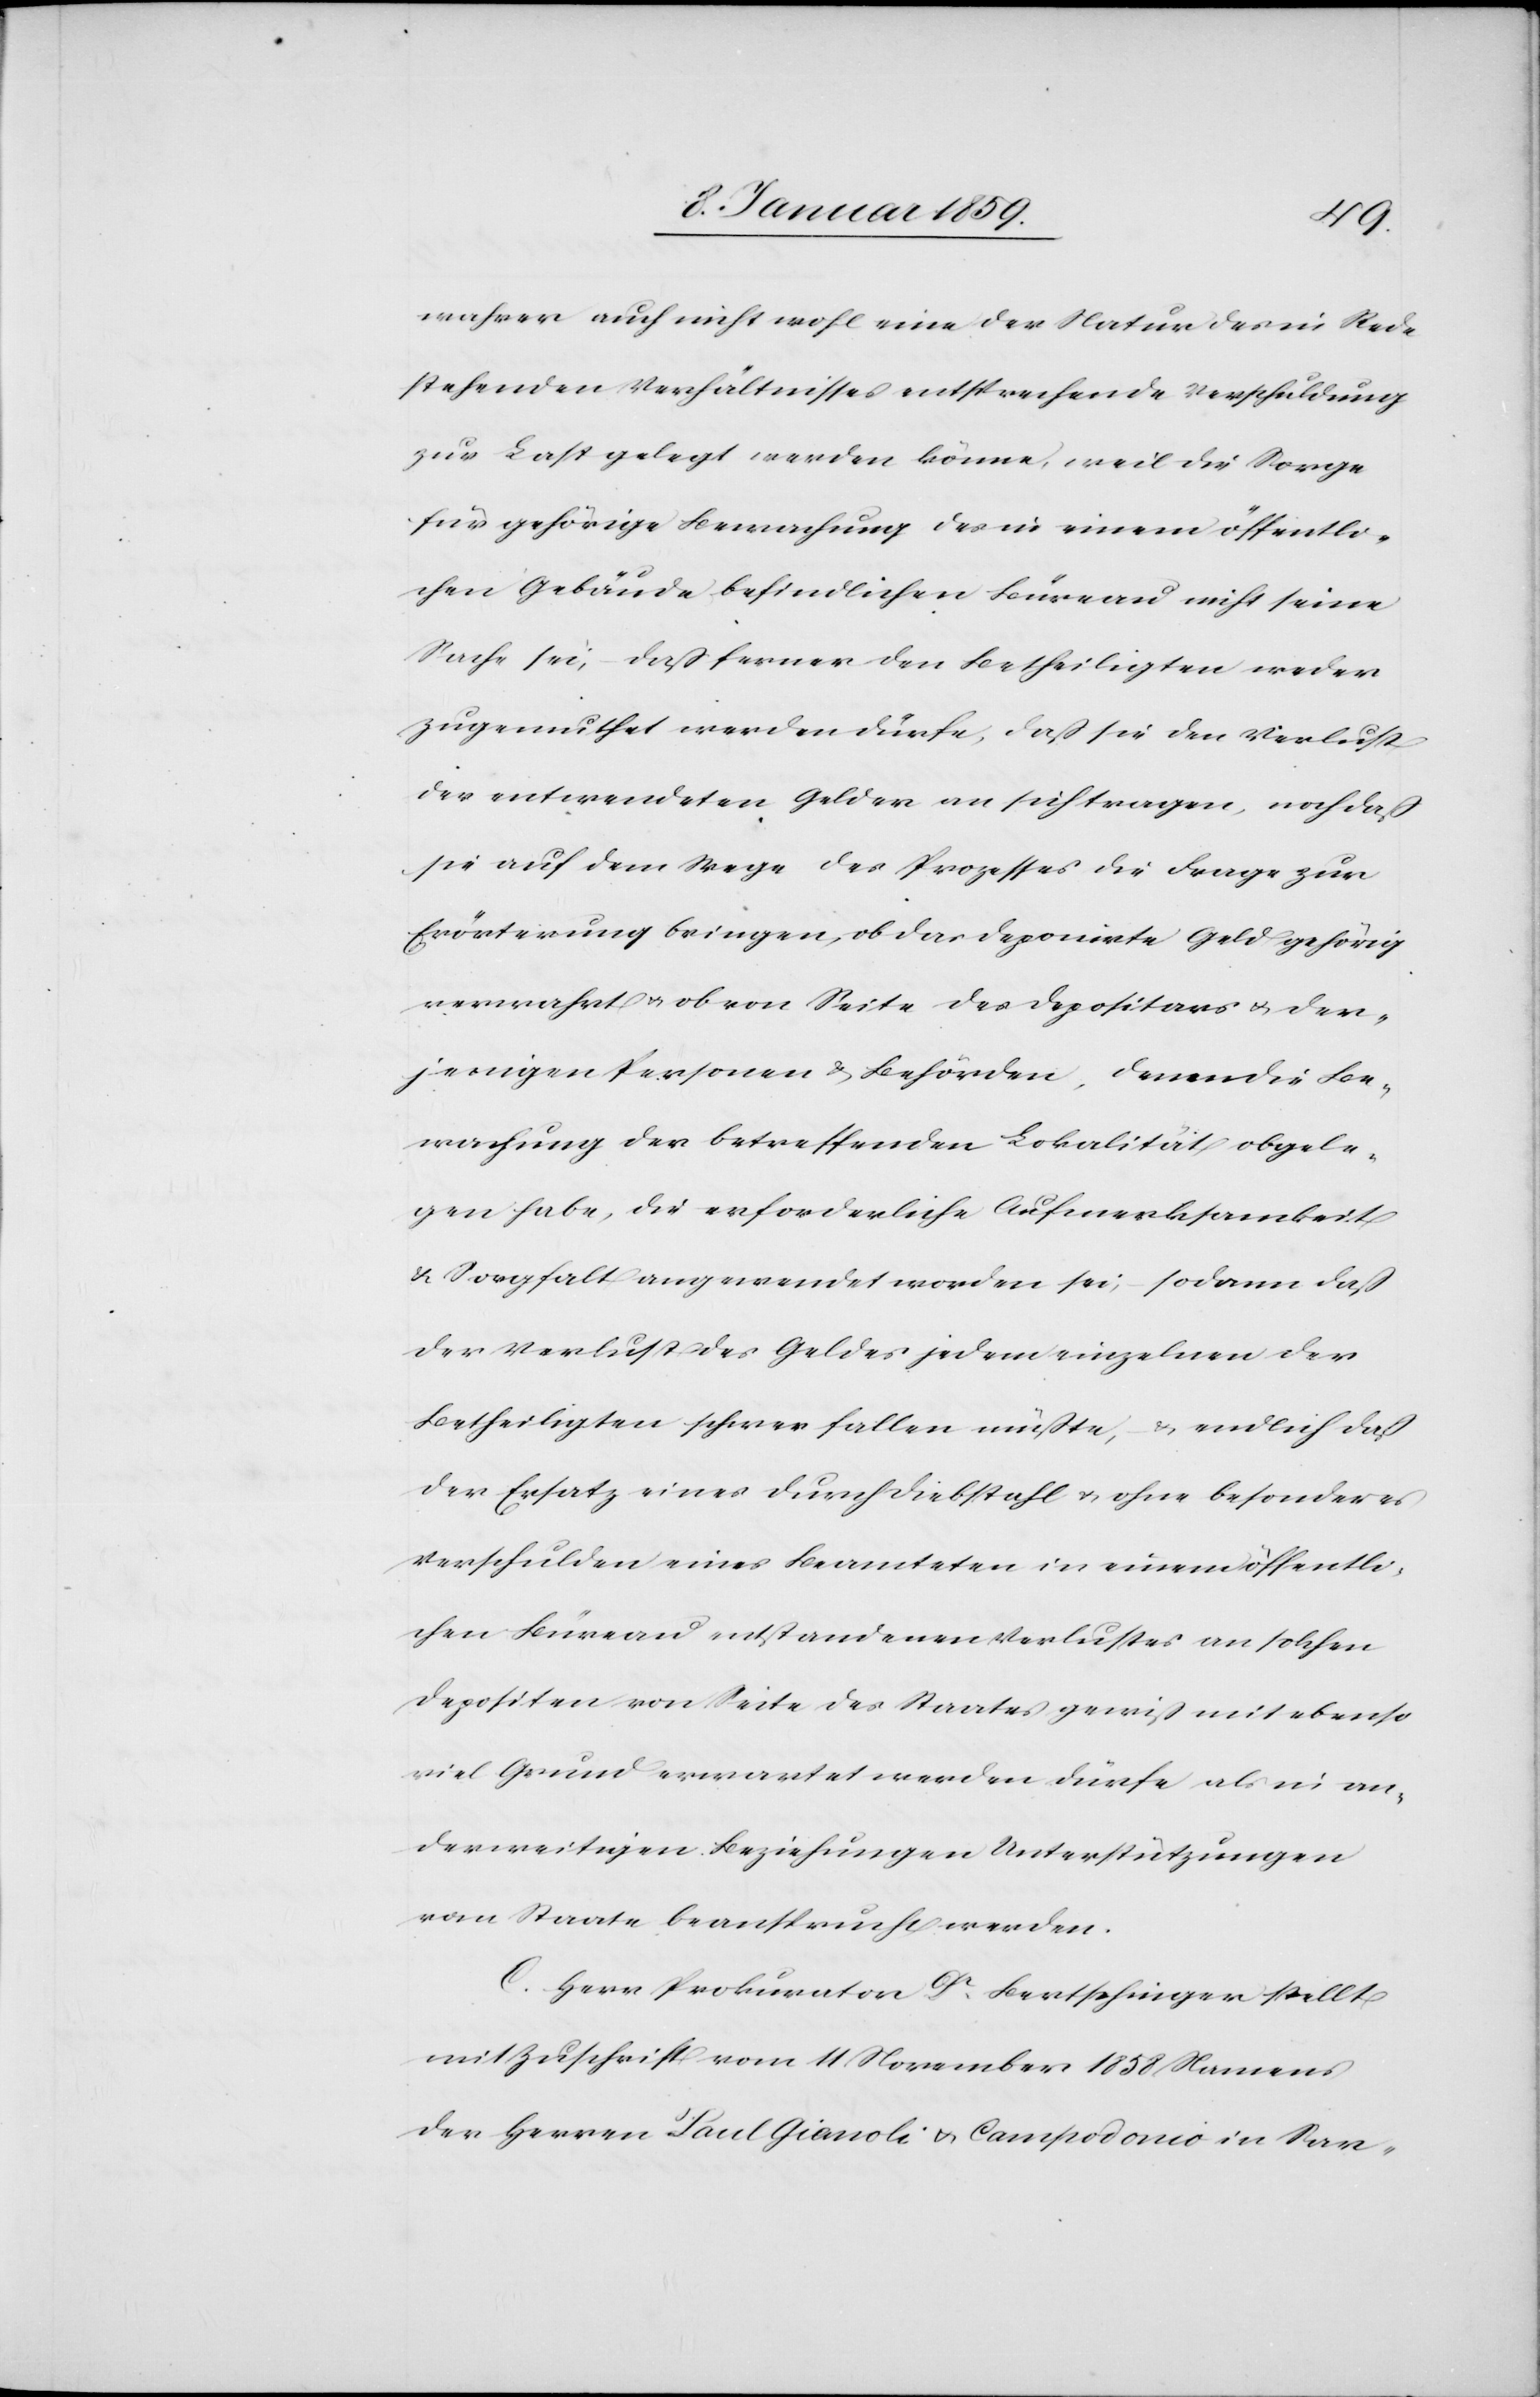
wahrer auch nicht wohl eine der Natur der in Rede
stehenden Verhältnisses entsprechende Verschuldung
zur Last gelegt werden könne, weil die Sorge
für gehörige Bewachung des in einem öffentli¬
chen Gebäude befindlichen Büreau nicht seine
Sache sei, daß ferner den Betheiligten weder
zugemuthet werden dürfe, daß sie den Verlust
des entwendeten Geldes an sich tragen, noch daß
sie auf dem Wege des Prozesses die Frage zur
Erörterung bringen, ob das Depositans u. der¬
jenigen Personen u. Behörden, denen die Be¬
wachung der betreffenden Lokalität obgele¬
gen habe, die erforderliche Aufmerksamkeit
u. Sorgfalt angewendet worden sei, sodann daß
der Verlust des Geldes jedem einzelnen der
Betheiligten schwer fallen müßte, u. endlich daß
der Ersatz eines durch Diebstahl u. ohne besonderes
Verschulden eines Beamteten in einem öffentli¬
chen Büreau entstandenen Verlustes an solchen
Depositen von Seite des Staates gewiß mit ebenso
viel Grund erwartet werden dürfe als in an¬
derweitigen Beziehungen Unterstützungen
vom Staate beansprucht werden.
C. Herr Prokurator Dr. Bertschinger stellt
mit Zuschrift vom 11 November 1858 Namens
der Herren Paul Gianoli u. Campodonio in Sar-